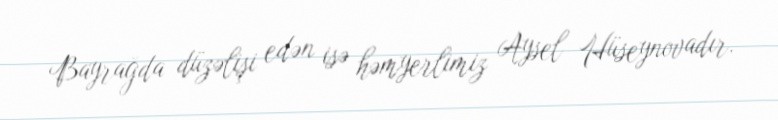
Bayrağda düzəlişi edən isə həmyerlimiz Aysel Hüseynovadır.